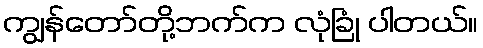
ကျွန်တော်တို့ဘက်က လုံခြုံ ပါတယ်။